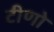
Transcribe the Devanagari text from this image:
टीणो